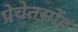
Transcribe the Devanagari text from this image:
प्रेचेतसोंह